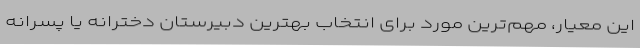
این معیار، مهم‌ترین مورد برای انتخاب بهترین دبیرستان دخترانه یا پسرانه